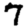
Digit: 7